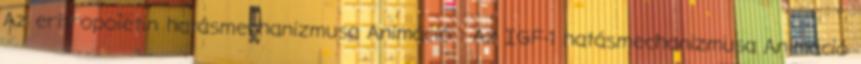
Az eritropoietin hatásmechanizmusa Animáció : Az IGF-1 hatásmechanizmusa Animáció